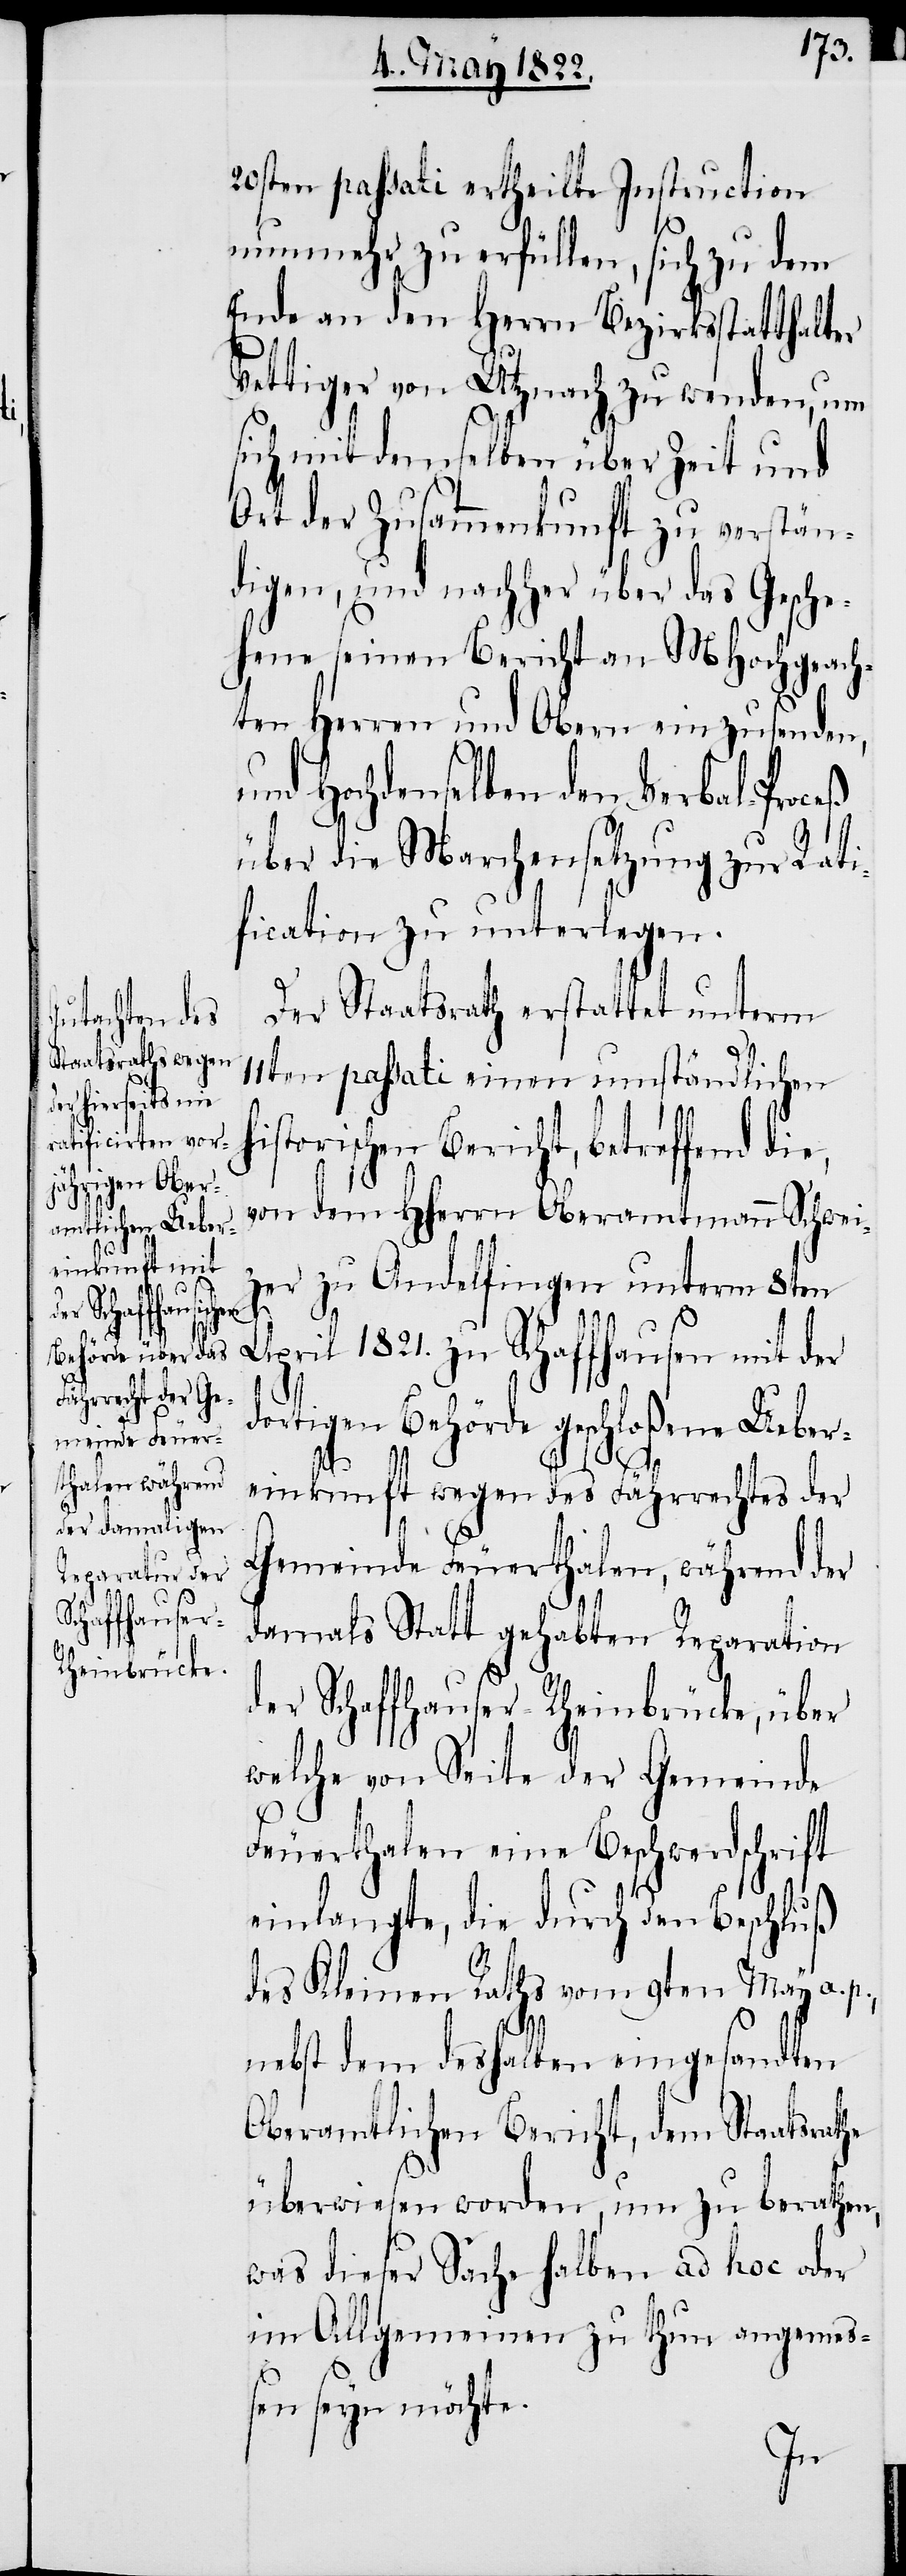
20sten passati ertheilte Instruction
nunmehr zu erfüllen, sich zu dem
Ende an den Herrn Bezirksstatthalter
Vettiger von Utznach zu wenden, um
sich mit demselben über Zeit und
Ort der Zusammenkunft zu verstän¬
digen, und nachher über das Gesche¬
hene seinen Bericht an MHochgeach¬
ten Herrn und Obern einzusenden,
hi¬
und Hochdenselben den Verbal-Proceß
über die Marchensetzung zur Rati¬
fication zu unterlegen.
Der Staatsrath erstattet unterm
11ten passati einen umständlichen
storischen Bericht, betreffend die,
von dem HHerrn Oberamtmann Schwei¬
zer zu Andelfingen unterm 8ten
April 1821. zu Schaffhausen mit der
dortigen Behörde geschloßene Ueber¬
einkunft wegen des Fährrechtes der
Gemeinde Feuerthalen, während der
damals Statt gehabten Reparation
der Schaffhauser-Rheinbrücke, über
welche von Seite der Gemeinde
Feuerthalen eine Beschwerdschrift
einlangte, die durch den Beschluß
des Kleinen Raths vom 9ten May a. p.,
nebst dem deshalben eingesandten
Oberamtlichen Bericht, dem Staatsrathe
überwiesen worden, um zu berathen,
was dieser Sache halben ad hoc oder
im Allgemeinen zu tun angemeß¬
en seyn möchte.